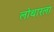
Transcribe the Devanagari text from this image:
लोथारला